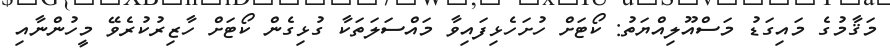
މަޤާމުގެ މައިގަޑު މަސްއޫލިއްޔަތު: ކޯޓަށް ހުށަހެޅިފައިވާ މައްސަލަތަކާ ގުޅިގެން ކޯޓަށް ހާޒިރުކުރެވޭ މީހުންނާއި